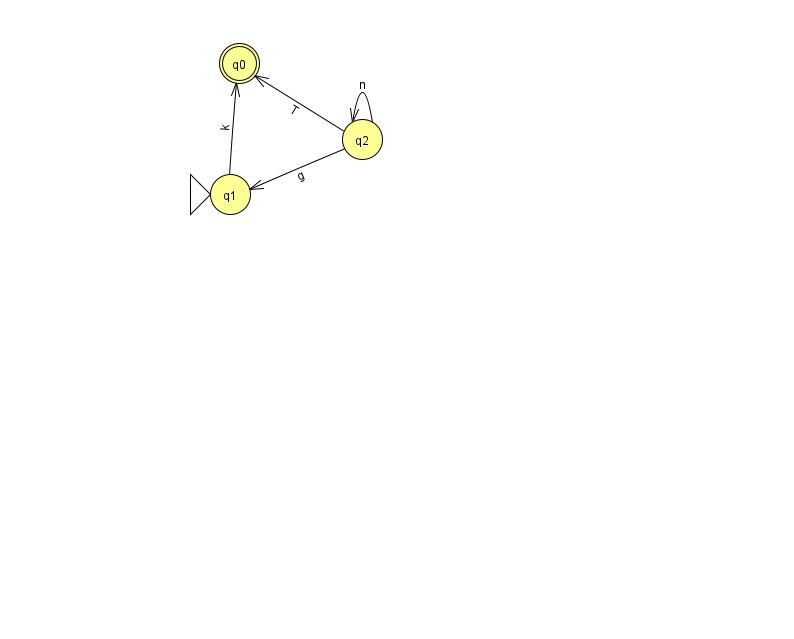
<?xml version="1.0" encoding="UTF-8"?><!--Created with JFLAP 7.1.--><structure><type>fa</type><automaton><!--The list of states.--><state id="0" name="q0"><x>239.0</x><y>50.0</y><final/></state><state id="1" name="q1"><x>230.0</x><y>181.0</y><initial/></state><state id="2" name="q2"><x>362.0</x><y>126.0</y></state><!--The list of transitions.--><transition><from>1</from><to>0</to><read>k</read></transition><transition><from>2</from><to>1</to><read>g</read></transition><transition><from>2</from><to>0</to><read>T</read></transition><transition><from>2</from><to>2</to><read>n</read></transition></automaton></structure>